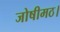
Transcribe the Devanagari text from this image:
जोषीमठ।